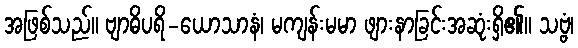
အဖြစ်သည်။ ဗျာဓိပရိ-ယောသာနံ၊ မကျန်းမမာ ဖျားနာခြင်းအဆုံးရှိ၏။ သဗ္ဗံ၊